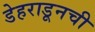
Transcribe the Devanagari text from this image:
डेहराडूनची